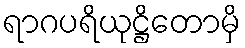
ရာဂပရိယုဋ္ဌိတောမှိ